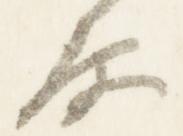
原